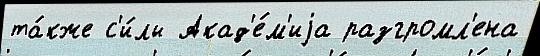
та́кже с'и́лы Акад'е́м'иjа разгромл'ена